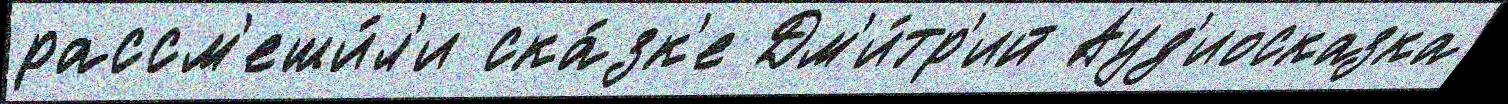
рассм'еши́л'и ска́зк'е Дм'и́тр'ий Ауд'иосказка